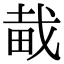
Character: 𤱱